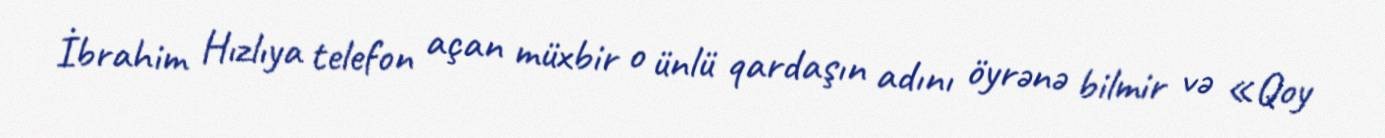
İbrahim Hızlıya telefon açan müxbir o ünlü qardaşın adını öyrənə bilmir və «Qoy